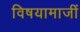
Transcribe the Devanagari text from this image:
विषयामाजीं